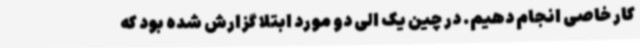
کار خاصی انجام دهیم. در چین یک الی دو مورد ابتلا گزارش شده بود که